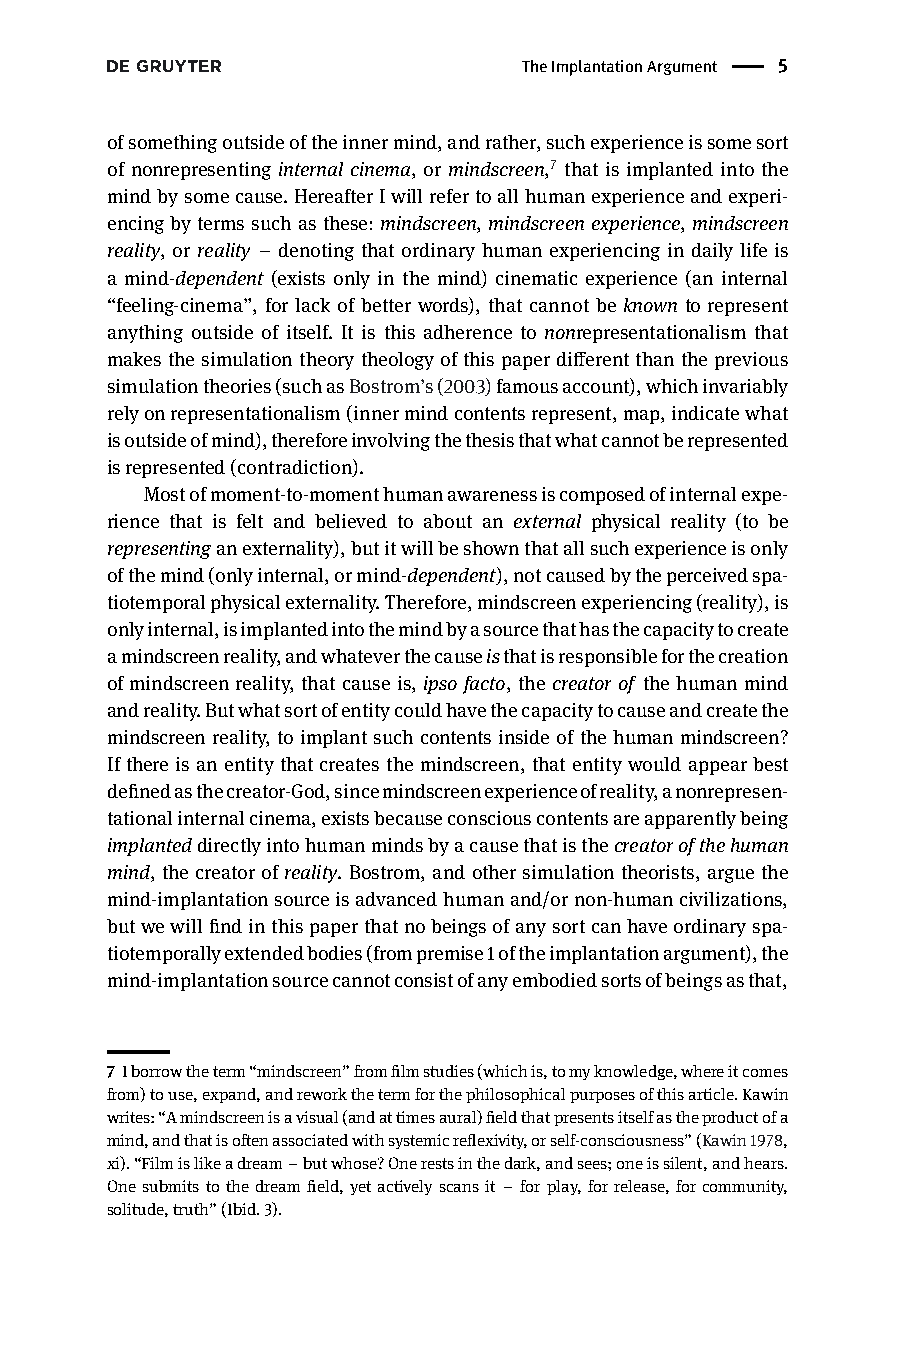
TheImplantationArgument | 5
 ofsomethingoutsideoftheinnermind,andrather,suchexperienceissomesort
 of nonrepresenting internal cinema, or mindscreen,7 that is implanted into the
 mindbysomecause.HereafterIwillrefertoallhumanexperienceandexperi-
 encingbytermssuchasthese:mindscreen,mindscreenexperience,mindscreen
 reality, or reality – denoting that ordinary human experiencing in daily life is
 a mind-dependent (exists only in the mind) cinematic experience (an internal
 “feeling-cinema”, for lack of better words), that cannot be known to represent
 anything outside of itself. It is this adherence to nonrepresentationalism that
 makesthesimulationtheorytheologyofthispaperdifferentthantheprevious
 simulationtheories(suchasBostrom’s(2003)famousaccount),whichinvariably
 relyonrepresentationalism(innermindcontentsrepresent,map,indicatewhat
 isoutsideofmind),thereforeinvolvingthethesisthatwhatcannotberepresented
 isrepresented(contradiction).
 Mostofmoment-to-momenthumanawarenessiscomposedofinternalexpe-
 rience that is felt and believed to about an external physical reality (to be
 representinganexternality),butitwillbeshownthatallsuchexperienceisonly
 ofthemind(onlyinternal,ormind-dependent),notcausedbytheperceivedspa-
 tiotemporalphysicalexternality.Therefore,mindscreenexperiencing(reality),is
 onlyinternal,isimplantedintothemindbyasourcethathasthecapacitytocreate
 amindscreenreality,andwhateverthecauseisthatisresponsibleforthecreation
 of mindscreen reality, that cause is, ipso facto, the creator of the human mind
 andreality.Butwhatsortofentitycouldhavethecapacitytocauseandcreatethe
 mindscreenreality,toimplantsuchcontentsinsideofthehumanmindscreen?
 Ifthereisanentity thatcreatesthemindscreen,thatentity wouldappearbest
 definedasthecreator-God,sincemindscreenexperienceofreality,anonrepresen-
 tationalinternalcinema,existsbecauseconsciouscontentsareapparentlybeing
 implanteddirectlyintohumanmindsbyacausethatisthecreatorofthehuman
 mind,the creatorofreality. Bostrom,and other simulation theorists, arguethe
 mind-implantationsourceisadvancedhumanand/ornon-humancivilizations,
 butwewillfindinthispaperthatnobeingsofanysortcanhaveordinaryspa-
 tiotemporallyextendedbodies(frompremise1oftheimplantationargument),the
 mind-implantationsourcecannotconsistofanyembodiedsortsofbeingsasthat,
 7 Iborrowtheterm“mindscreen”fromfilmstudies(whichis,tomyknowledge,whereitcomes
 from)touse,expand,andreworkthetermforthephilosophicalpurposesofthisarticle.Kawin
 writes:“Amindscreenisavisual(andattimesaural)fieldthatpresentsitselfastheproductofa
 mind,andthatisoftenassociatedwithsystemicreflexivity,orself-consciousness”(Kawin1978,
 xi).“Filmislikeadream–butwhose?Onerestsinthedark,andsees;oneissilent,andhears.
 Onesubmits tothedreamfield,yetactivelyscansit – forplay,forrelease,forcommunity,
 solitude,truth”(Ibid.3).